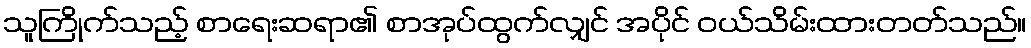
သူကြိုက်သည့် စာရေးဆရာ၏ စာအုပ်ထွက်လျှင် အပိုင် ဝယ်သိမ်းထားတတ်သည်။